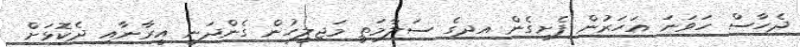
ދެހާސް ހަވަނަ އަހަރުން ފެށިގެން އދގެ ސަލާމަތީ މަޖިލީހުން ގެންދަނީ އީރާނާއި ދެކޮޅަށް